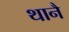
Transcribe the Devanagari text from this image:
थानै